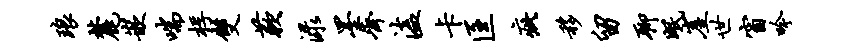
琅麓嵌喘桴双蔌渌墨齐溘卡匡疵移留聊眠崖世窗吟